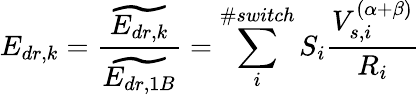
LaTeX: E_{dr,k}=\frac{\widetilde{E_{dr,k}}}{\widetilde{E_{dr,1B}}}=\sum_{i}^{\# switch}S_{i}\frac{V_{s,i}^{(\alpha+\beta)}}{R_{i}}